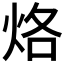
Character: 烙